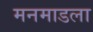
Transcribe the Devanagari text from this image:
मनमाडला